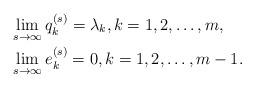
LaTeX: \begin{align*}&\lim_{s\rightarrow\infty}q_{k}^{(s)}=\lambda_k,k=1,2,\dots,m,\\&\lim_{s\rightarrow\infty}e_k^{(s)}=0,k=1,2,\dots, m-1.\end{align*}